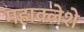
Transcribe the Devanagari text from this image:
महाक्लेशे